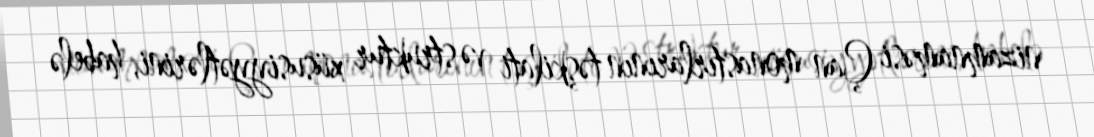
nizamnaməsi Çan monastırlarının təşkilati və struktur xüsusiyyətlərini, habelə